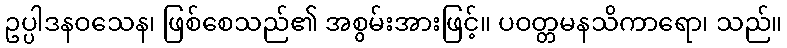
ဥပ္ပါဒနဝသေန၊ ဖြစ်စေသည်၏ အစွမ်းအားဖြင့်။ ပဝတ္တမနသိကာရော၊ သည်။